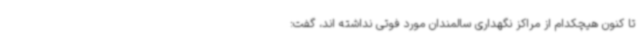
تا کنون هیچکدام از مراکز نگهداری سالمندان مورد فوتی نداشته اند، گفت: